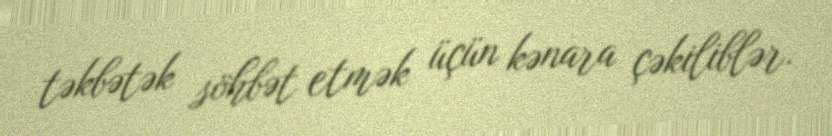
təkbətək söhbət etmək üçün kənara çəkiliblər.